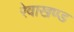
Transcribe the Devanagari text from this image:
रेवाखण्ड